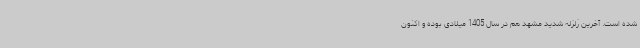
شده است. آخرین زلزله شدید مشهد هم در سال 1405 میلادی بوده و اکنون